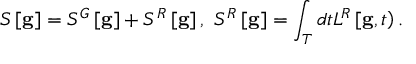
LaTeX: { } S \left[ { \bf g } \right] = S ^ { G } \left[ { \bf g } \right] + S ^ { R } \left[ { \bf g } \right] , \ S ^ { R } \left[ { \bf g } \right] = \int _ { \cal T } d t L ^ { R } \left[ { \bf g } , t \right) .